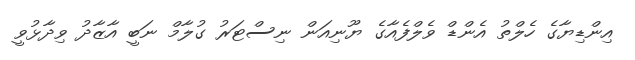
އިންޑިޔާގެ ހެލްތު އެންޑް ވެލްފެއާގެ ޔޫނިއަން ނިސްޓަރު ގުލާމް ނަބީ އާޒާދު ވިދާޅުވީ